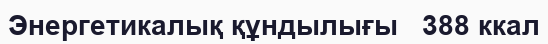
Энергетикалық құндылығы   388 ккал